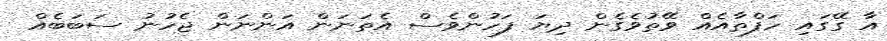
އާ ގޭގައި ހަފްތާއެއް ވޭތުވެގެން ދިޔަ ފަހުންވެސް އެތަނަން އަންނަން ޖެހުނު ސަބަބެއް